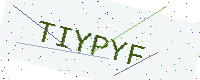
Text: TIYPYF